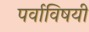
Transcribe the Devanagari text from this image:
पर्वाविषयी